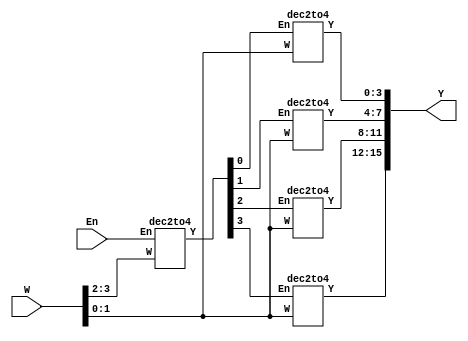
// This program was cloned from: https://github.com/haojunliu/OpenFPGA
// License: BSD 2-Clause "Simplified" License

/* pg 328 - 4 to 16 decoder */

module bm_DL_4_16_encoder(W, Y, En);
	input [3:0] W;
	input En;
	output [15:0] Y;
	wire [3:0] M;
	
	dec2to4 Dec1 (W[3:2], M[3:0], En);
	dec2to4 Dec2 (W[1:0], Y[3:0], M[0]);
	dec2to4 Dec3 (W[1:0], Y[7:4], M[1]);
	dec2to4 Dec4 (W[1:0], Y[11:8], M[2]);
	dec2to4 Dec5 (W[1:0], Y[15:12], M[3]);

endmodule

module dec2to4(W, Y, En);
	input [1:0] W;
	input En;
	output [3:0] Y;
	reg [3:0] Y;
	
	always @(W or En)
		case ({En, W})
			3'b100: Y = 4'b1000;
			3'b101: Y = 4'b0100;
			3'b110: Y = 4'b0010;
			3'b111: Y = 4'b0001;
			default: Y = 4'b0000;
		endcase
	
endmodule